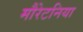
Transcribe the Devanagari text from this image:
मौरेटनिया